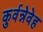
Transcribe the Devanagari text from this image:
कुर्वन्नेवेह